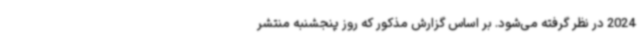
2024 در نظر گرفته می‌شود. بر اساس گزارش مذکور که روز پنجشنبه منتشر